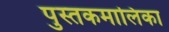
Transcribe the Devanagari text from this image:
पुस्तकमालिका